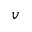
v